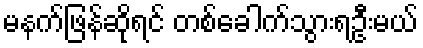
မနက်ဖြန်ဆိုရင် တစ်ခေါက်သွားရဦးမယ်